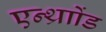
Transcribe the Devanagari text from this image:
एन्थ्राोंड